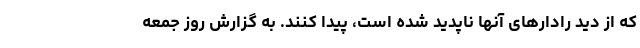
که از دید رادارهای آنها ناپدید شده است، پیدا کنند. به گزارش روز جمعه